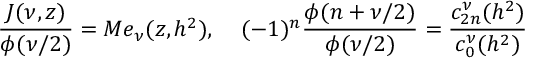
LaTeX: \frac { J ( \nu , z ) } { \phi ( \nu / 2 ) } = M e _ { \nu } ( z , h ^ { 2 } ) , \; \; \; \; ( - 1 ) ^ { n } \frac { \phi ( n + \nu / 2 ) } { \phi ( \nu / 2 ) } = \frac { c _ { 2 n } ^ { \nu } ( h ^ { 2 } ) } { c _ { 0 } ^ { \nu } ( h ^ { 2 } ) }